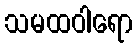
သမထဝါရော